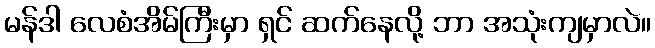
မန်ဒါ လေစံအိမ်ကြီးမှာ ရှင် ဆက်နေလို့ ဘာ အသုံးကျမှာလဲ။